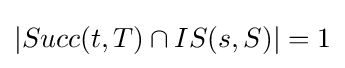
|Succ(t,T)\cap IS(s,S)|=1